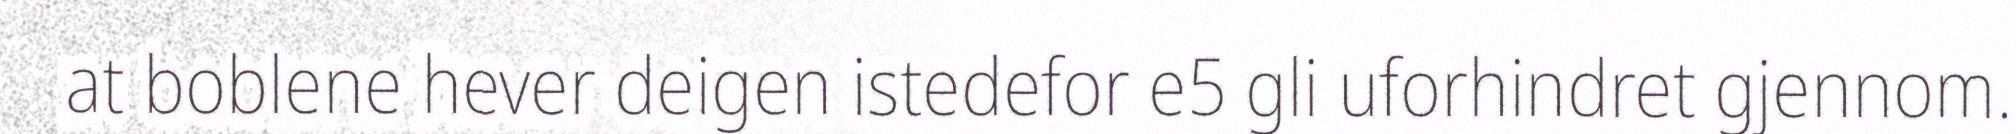
at boblene hever deigen istedefor e5 gli uforhindret gjennom.